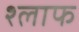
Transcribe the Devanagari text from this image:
श्लाफ